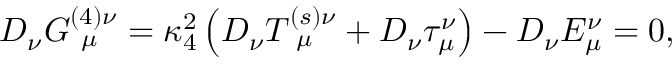
D _ { \nu } G _ { ~ \mu } ^ { ( 4 ) \nu } = \kappa _ { 4 } ^ { 2 } \left( { D _ { \nu } T _ { ~ \mu } ^ { ( s ) \nu } + D _ { \nu } \tau _ { \mu } ^ { \nu } } \right) - D _ { \nu } E _ { \mu } ^ { \nu } = 0 ,